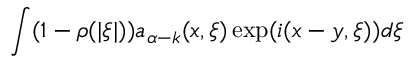
\int ( 1 - \rho ( | \xi | ) ) a _ { \alpha - k } ( x , \xi ) \exp ( i ( x - y , \xi ) ) d \xi